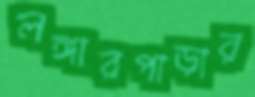
লঙ্গারপাড়ার